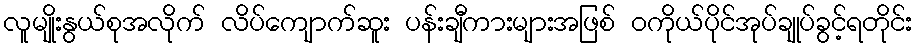
လူမျိုးနွယ်စုအလိုက် လိပ်ကျောက်ဆူး ပန်းချီကားများအဖြစ် ဝကိုယ်ပိုင်အုပ်ချုပ်ခွင့်ရတိုင်း